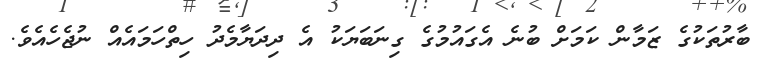
ބާރުތަކުގެ ޒަމާން ކަމަށް ބުނެ އެގައުމުގެ ގިނަބަޔަކު އެ ދިދަޔާމެދު ހިތްހަމައެއް ނުޖެހެއެވެ.